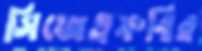
সিজেএফবির